Preliminary report on the killing of rats and rat fleas by hydrocyanic acid gas - Number 38
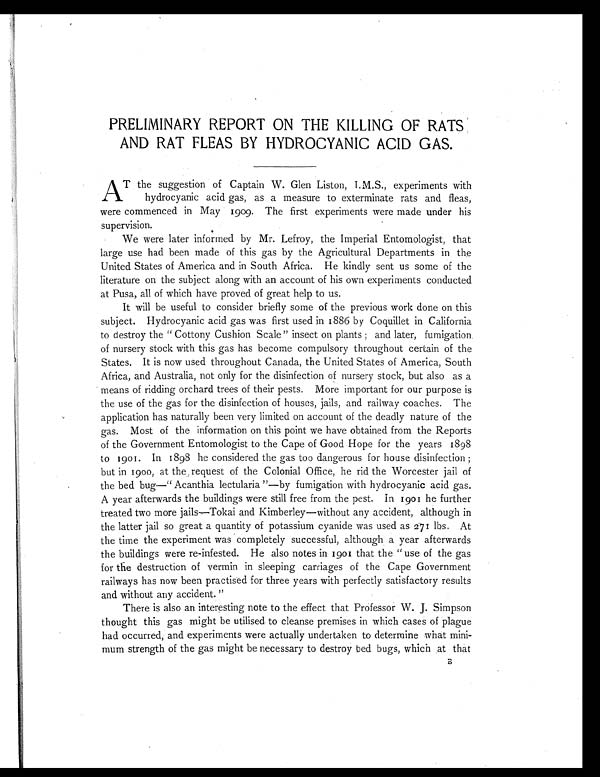
PRELIMINARY REPORT ON THE KILLING OF RATS
AND RAT FLEAS BY HYDROCYANIC ACID GAS.
AT the suggestion of Captain W. Glen Liston, I.M.S., experiments with
hydrocyanic acid gas, as a measure to exterminate rats and fleas,
were commenced in May 1909. The first experiments were made under his
supervision.
We were later informed by Mr. Lefroy, the Imperial Entomologist, that
large use had been made of this gas by the Agricultural Departments in the
United States of America and in South Africa. He kindly sent us some of the
literature on the subject along with an account of his own experiments conducted
at Pusa, all of which have proved of great help to us.
It will be useful to consider briefly some of the previous work done on this
subject. Hydrocyanic acid gas was first used in 1886 by Coquillet in California
to destroy the " Cottony Cushion Scale" insect on plants ; and later, fumigation
of nursery stock with this gas has become compulsory throughout certain of the
States. It is now used throughout Canada, the United States of America, South
Africa, and Australia, not only for the disinfection of nursery stock, but also as a
means of ridding orchard trees of their pests. More important for our purpose is
the use of the gas for the disinfection of houses, jails, and railway coaches. The
application has naturally been very limited on account of the deadly nature of the
gas. Most of the information on this point we have obtained from the Reports
of the Government Entomologist to the Cape of Good Hope for the years 1898
to 1901. In 1898 he considered the gas too dangerous for house disinfection;
but in 1900, at the request of the Colonial Office, he rid the Worcester jail of
the bed bug—"Acanthia lectularia"—by fumigation with hydrocyanic acid gas.
A year afterwards the buildings were still free from the pest. In 1901 he further
treated two more jails—Tokai and Kimberley—without any accident, although in
the latter jail so great a quantity of potassium cyanide was used as 271 lbs. At
the time the experiment was completely successful, although a year afterwards
the buildings were re-infested. He also notes in 1901 that the "use of the gas
for the destruction of vermin in sleeping carriages of the Cape Government
railways has now been practised for three years with perfectly satisfactory results
and without any accident."
There is also an interesting note to the effect that Professor W. J. Simpson
thought this gas might be utilised to cleanse premises in which cases of plague
had occurred, and experiments were actually undertaken to determine what mini-
mum strength of the gas might be necessary to destroy bed bugs, which at that